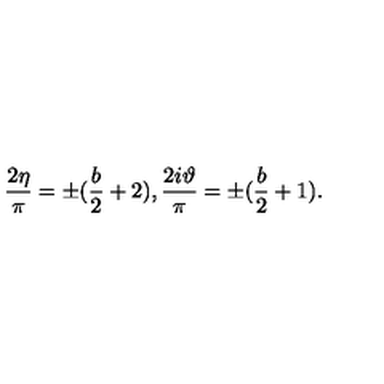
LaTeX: \frac { 2 \eta } \pi = \pm ( \frac b 2 + 2 ) , \frac { 2 i \vartheta } \pi = \pm ( \frac b 2 + 1 ) .